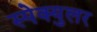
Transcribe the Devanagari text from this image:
स्पेक्युलर